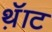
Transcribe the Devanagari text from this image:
थ़ॅाट